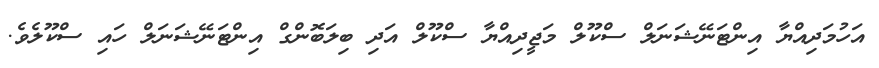
އަހުމަދިއްޔާ އިންޓަނޭޝަނަލް ސްކޫލް މަޖީދިއްޔާ ސްކޫލް އަދި ބިލަބޮންގް އިންޓަނޭޝަނަލް ހައި ސްކޫލެވެ.